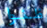
ظنوا